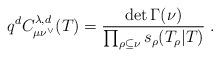
LaTeX: \begin{align*}q^{d}C_{\mu \nu ^{\vee }}^{\lambda ,d}(T)=\frac{\det \Gamma (\nu )}{\prod_{\rho \subseteq \nu }s_{\rho }(T_{\rho }|T)}\;. \end{align*}